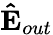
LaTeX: \mathbf{\hat{E}}_{out}